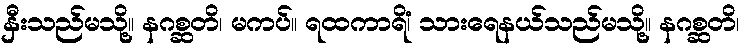
နှီးသည်မသို့။ နဂစ္ဆတိ၊ မကပ်။ ရထကာရိံ၊ သားရေနယ်သည်မသို့။ နဂစ္ဆတိ၊